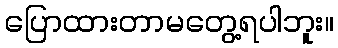
ပြောထားတာမတွေ့ရပါဘူး။